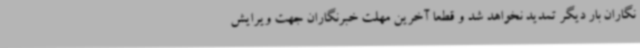
نگاران بار دیگر تمدید نخواهد شد و قطعا آخرین مهلت خبرنگاران جهت ویرایش